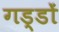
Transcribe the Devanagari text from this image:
गड्डों